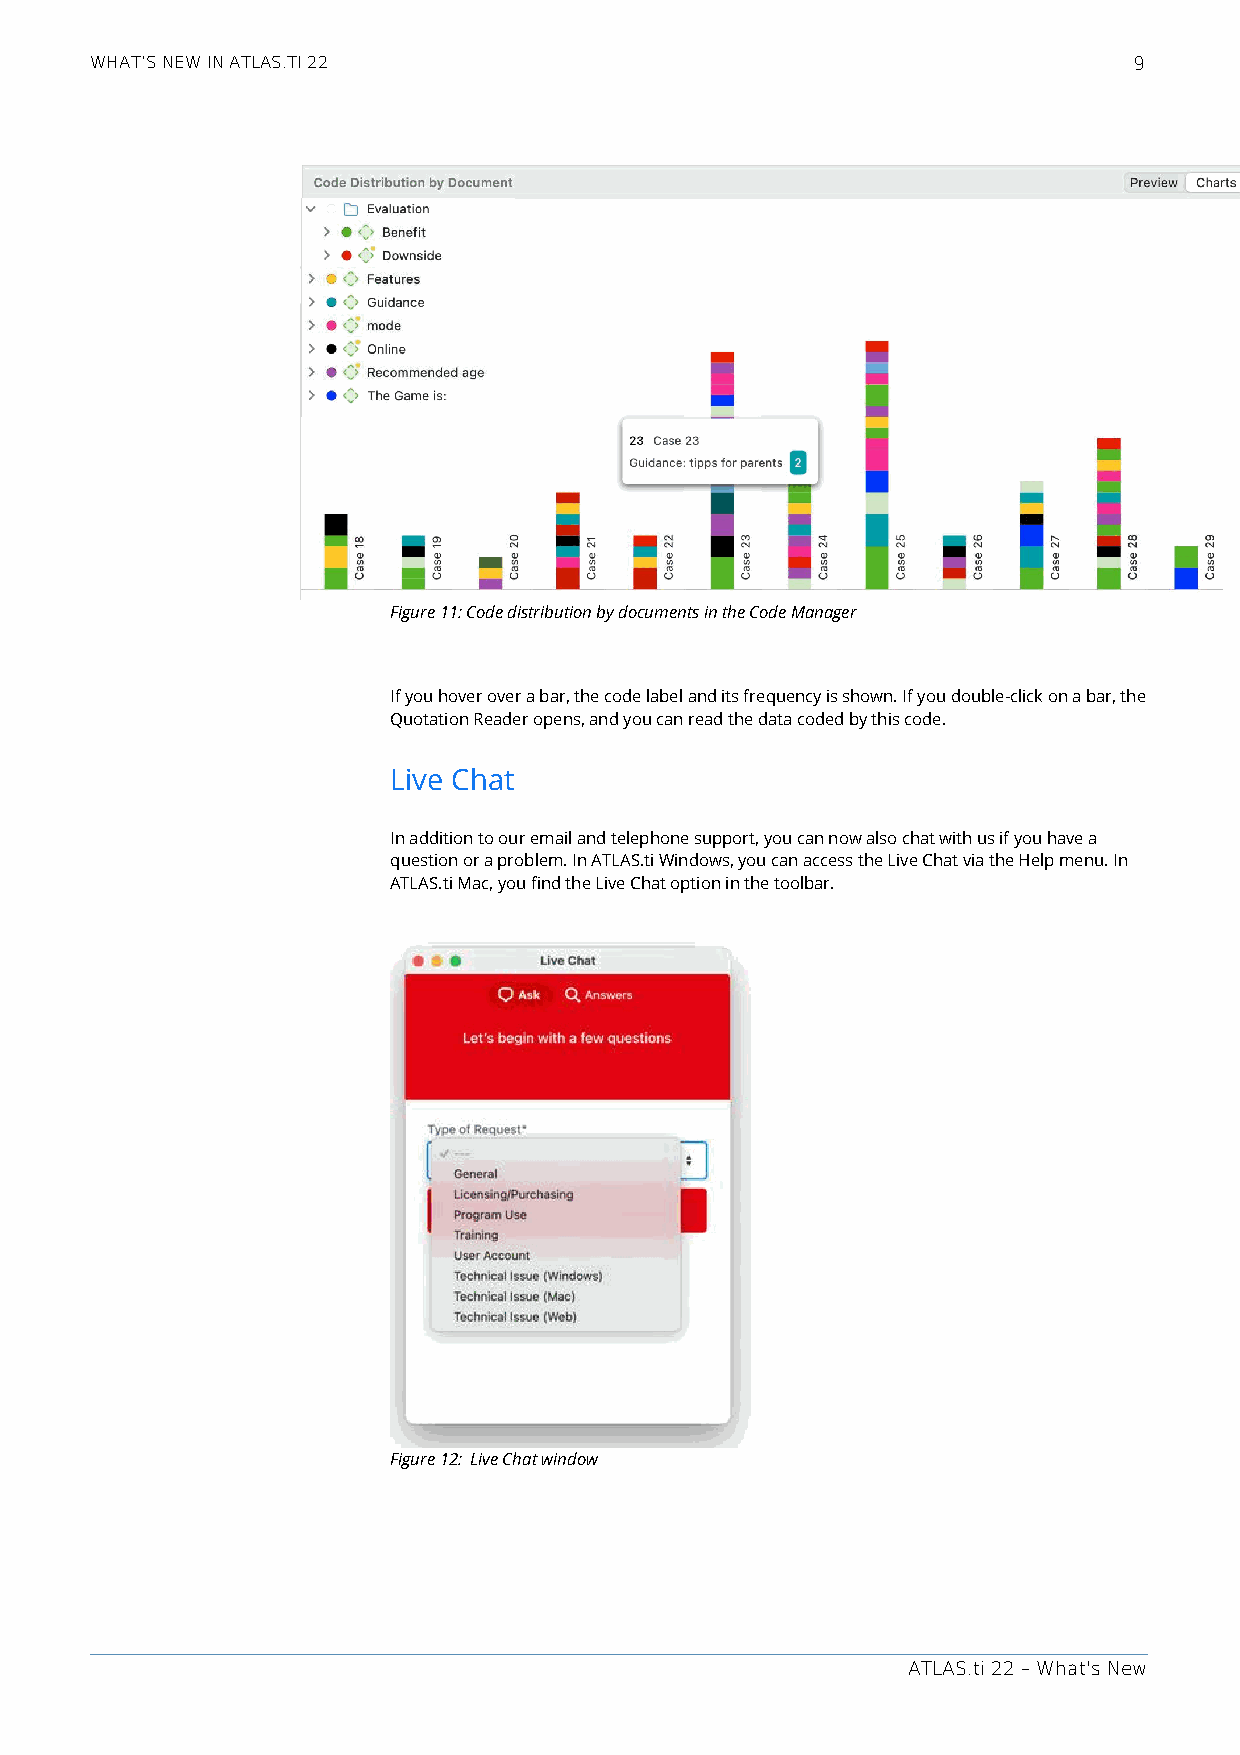
WHAT’S NEW IN ATLAS.TI 22                                            9
 Figure 11: Code distribution by documents in the Code Manager
 If you hover over a bar, the code label and its frequency is shown. If you double-click on a bar, the
 Quotation Reader opens, and you can read the data coded by this code.
 Live Chat
 In addition to our email and telephone support, you can now also chat with us if you have a
 question or a problem. In ATLAS.ti Windows, you can access the Live Chat via the Help menu. In
 ATLAS.ti Mac, you find the Live Chat option in the toolbar.
 Figure 12: Live Chat window
 ATLAS.ti 22 – What's New